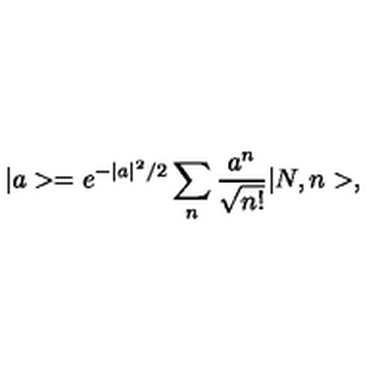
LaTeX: | a > = e ^ { - | a | ^ { 2 } / 2 } \sum _ { n } \frac { a ^ { n } } { \sqrt { n ! } } | N , n > ,